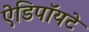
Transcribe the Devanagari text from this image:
ऐडिपॉयटे